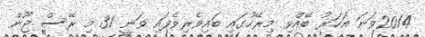
2014ވަނަ އަހަރު ބޭއްވި މިރޭހުގައި ބައިވެރިވެފައި ވަނީ 31 މި ރޭސް ޖޫން